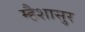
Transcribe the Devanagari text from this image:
म्हैशासुर